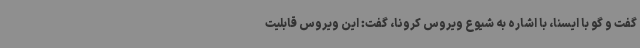
گفت و گو با ایسنا، با اشاره به شیوع ویروس کرونا، گفت: این ویروس قابلیت